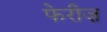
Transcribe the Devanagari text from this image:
फेरीज़